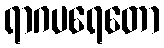
ရာဂပရေတော